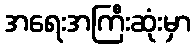
အရေးအကြီးဆုံးမှာ